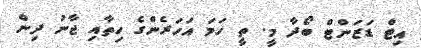
އިޓް ޑަޒަންޓް ބޯދާ މީ. ތީ ހަމަ އަހަރެންގެ ހިތާއި ޖާނު ދިން